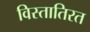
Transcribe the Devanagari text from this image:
विस्तातिरत